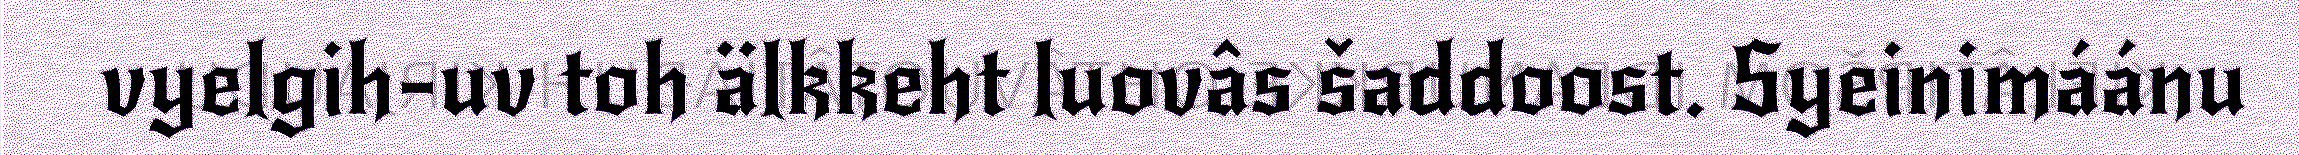
vyelgih-uv toh älkkeht luovâs šaddoost. Syeinimáánu